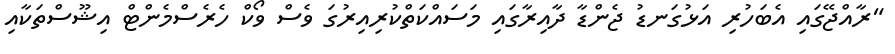
"ރާއްޖޭގައި އެބަހުރި އަޅުގަނޑު ޖެންޑާ ދާއިރާގައި މަސައްކަތްކުރިއިރުގަ ވެސް ވޯކް ހެރެސްމެންޓް އިޝޫސްތަކާއި